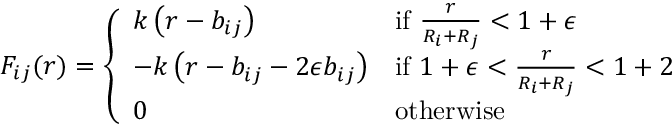
F _ { i j } ( r ) = \left\{ \begin{array} { l l } { k \left( r - b _ { i j } \right) } & { \mathrm { i f ~ } \frac { r } { R _ { i } + R _ { j } } < 1 + \epsilon } \\ { - k \left( r - b _ { i j } - 2 \epsilon b _ { i j } \right) } & { \mathrm { i f ~ } 1 + \epsilon < \frac { r } { R _ { i } + R _ { j } } < 1 + 2 } \\ { 0 } & { \mathrm { o t h e r w i s e } } \end{array} \right.